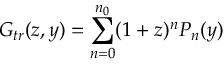
G _ { t r } ( z , y ) = \sum _ { n = 0 } ^ { n _ { 0 } } ( 1 + z ) ^ { n } P _ { n } ( y )